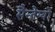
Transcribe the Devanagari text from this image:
सैन्तेग्यों